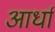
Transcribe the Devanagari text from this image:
आर्धा